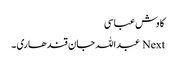
کاوش عباسی
Next عبداللہ جان قندھاری ۔